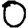
Digit: 0